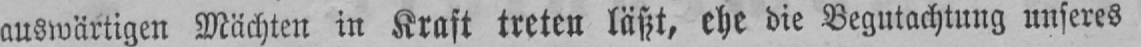
auswärtigen Mächten in Kraft treten läßt, ehe die Begutachtung unseres